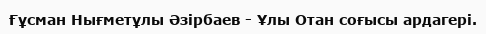
Ғұсман Нығметұлы Әзірбаев - Ұлы Отан соғысы ардагері.